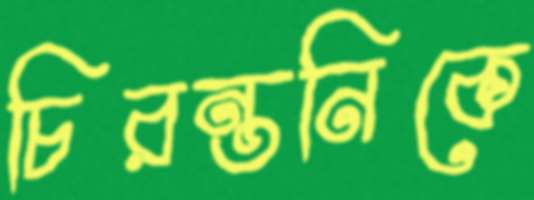
চিরন্তনিকে